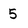
Character: 5